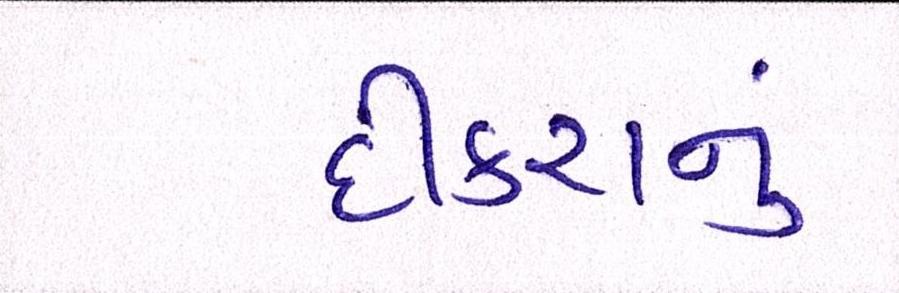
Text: દીકરાનું